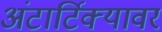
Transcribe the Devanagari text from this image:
अंटार्टिक्यावर